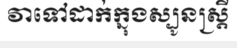
វាទៅដាក់ក្នុងស្បូនស្ត្រី